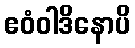
ဧဝံဝါဒိနောပိ